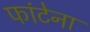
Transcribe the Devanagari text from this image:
फांटेना